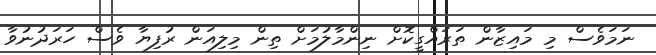
ނަމަވެސް މި މައިޒާން ތަރައްގީކޮށް ނިންމާލުމަށް ތިން މިލިއަން ރުފިޔާ ވެސް ހަރަދުނުވާ